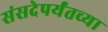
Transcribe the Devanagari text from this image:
संसदेपर्यंतच्या